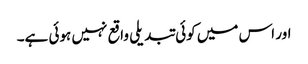
اور اس میں کوئی تبدیلی واقع نہیں ہوئی ہے۔